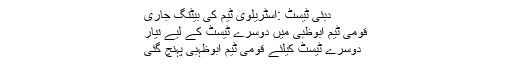
دبئی ٹیسٹ :آسٹریلوی ٹیم کی بیٹنگ جاری
قومی ٹیم ابوظبی میں دوسرے ٹیسٹ کے لیے تیار
دوسرے ٹیسٹ کیلئے قومی ٹیم ابوظہبی پہنچ گئی